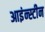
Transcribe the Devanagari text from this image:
आइंन्स्टीन